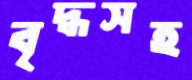
বৃদ্ধসহ